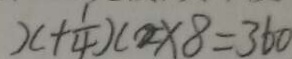
x + \frac { 1 } { 4 } ) ( 2 \times 8 = 3 6 0